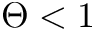
\Theta < 1